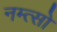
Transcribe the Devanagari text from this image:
नम्त्सो